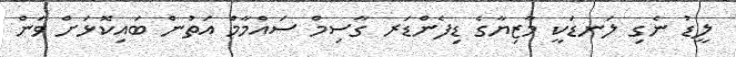
ލީޑު ނެގި ލަނޑަކީ މާޒިޔާގެ ޑިފެންޑަރ ގާސިމް ސައްމާމް އަތުން ބައިކޮޅަށް ވަން